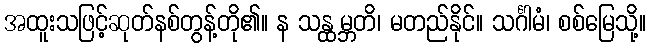
အထူးသဖြင့်ဆုတ်နစ်တွန့်တို၏။ န သန္ထမ္ဘတိ၊ မတည်နိုင်။ သင်္ဂါမံ၊ စစ်မြေသို့။